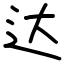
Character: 达